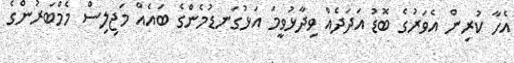
އެހާ ކުރިން އެވަރުގެ ބޮޑު އަދަދެއް ވިދާޅުވީމަ އަޅުގަނޑުމެންގެ ބައެއް މަޖިލިސް މެމްބަރުންގެ